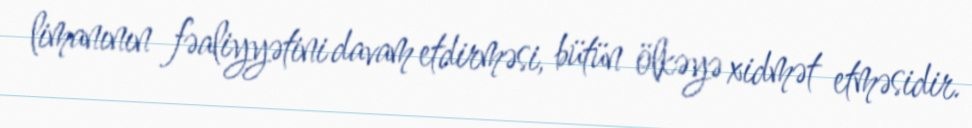
limanının fəaliyyətini davam etdirməsi, bütün ölkəyə xidmət etməsidir.